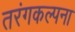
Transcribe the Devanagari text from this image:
तरंगकल्पना